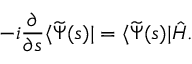
- i \frac { \partial } { \partial s } \langle \widetilde { \Psi } ( s ) | = \langle \widetilde { \Psi } ( s ) | \hat { H } .